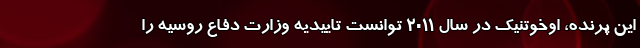
این پرنده، اوخوتنیک در سال 2011 توانست تاییدیه وزارت دفاع روسیه را